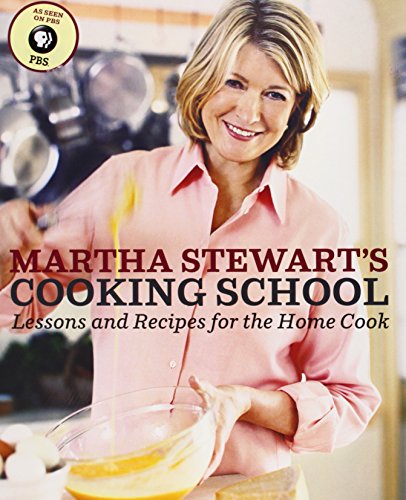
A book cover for Martha Stewart's Cooking School: Lessons and Recipes for the Home Cook; Martha Stewart; Cookbooks, Food & Wine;